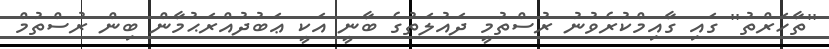
''ތާހަރްތު'' ގައި ގާއިމްކުރެވުނު ރުސްތުމީ ދައުލަތުގެ ބާނީ އަކީ ޢަބުދުއްރަޙުމާން ބިން ރުސްތުމް